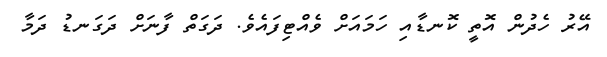
އޭރު ހެދުން އޮތީ ކޮނޑާއި ހަމައަށް ވެއްޓިފައެވެ. ދަގަތް ފާނަށް ދަގަނޑު ދަމާ